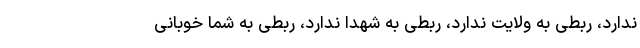
ندارد، ربطی به ولایت ندارد، ربطی به شهدا ندارد، ربطی به شما خوبانی